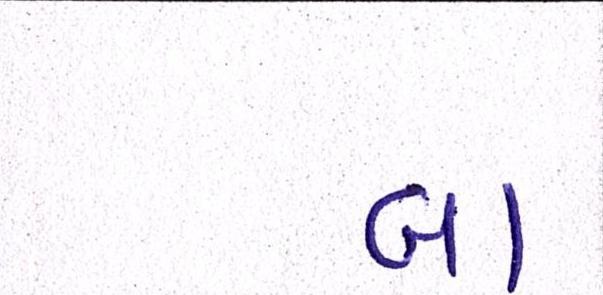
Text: બા